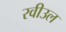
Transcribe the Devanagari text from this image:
रवीउल